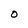
Character: O